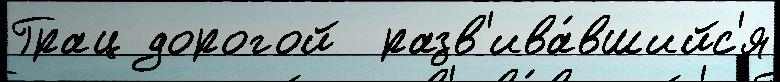
Грац дорогой  разв'ива́вшийс'я